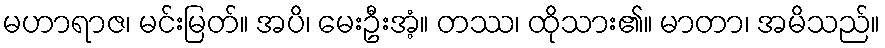
မဟာရာဇ၊ မင်းမြတ်။ အပိ၊ မေးဦးအံ့။ တဿ၊ ထိုသား၏။ မာတာ၊ အမိသည်။